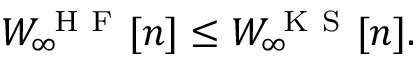
W _ { \infty } ^ { \mathrm { ~ H ~ F ~ } } [ n ] \leq W _ { \infty } ^ { \mathrm { ~ K ~ S ~ } } [ n ] .